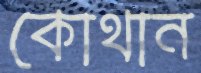
কোথান